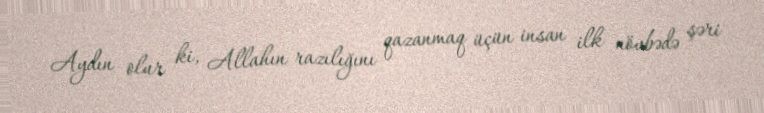
Aydın olur ki, Allahın razılığını qazanmaq üçün insan ilk növbədə şəri